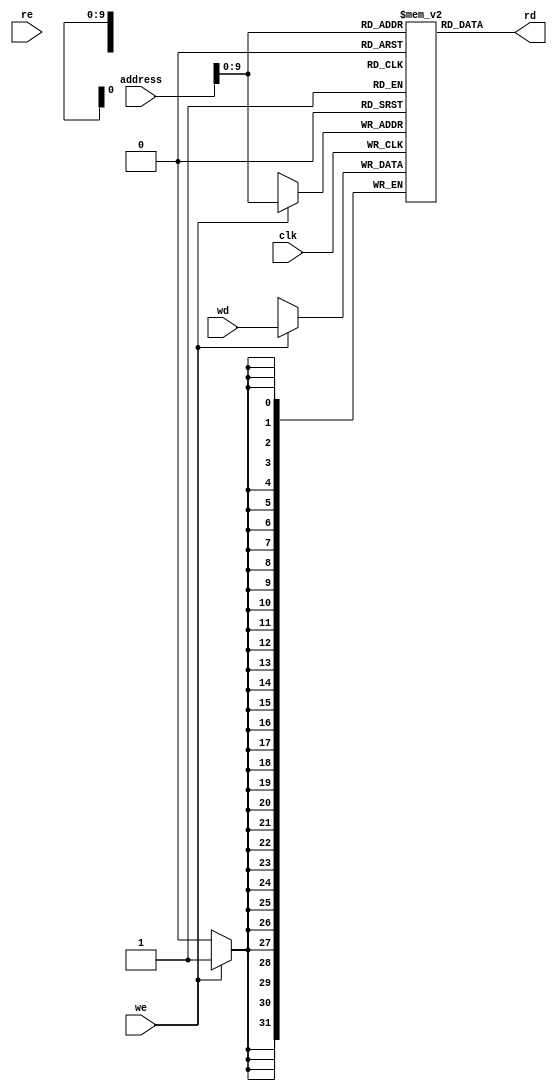
// Coder:           David Adrian Michel Torres, Eduardo Ethandrake Castillo Pulido
// Module name:	  instr_data_memory
// Project Name:	  risc_v_top
// Description:	  Memory that contains instructions to perform

module data_memory #(parameter DATA_WIDTH = 32, parameter ADDR_WIDTH = 32) (
	//inputs
	input [(DATA_WIDTH-1):0] wd, address,
	input we, re, clk,
	/*
	//For signal tap debug
	output [31:0] reg1,
	output [31:0] reg2,
	output [31:0] reg3,
	output [31:0] reg4,
	output [31:0] reg5,
	output [31:0] reg6,
	output [31:0] reg7,
	output [31:0] reg8,
	output [31:0] reg9,
	output [31:0] reg10,
	output [31:0] reg11,
	output [31:0] reg12,
	output [31:0] reg13,
	output [31:0] reg14,
	output [31:0] reg15,
	output [31:0] reg16,
	output [31:0] reg17,
	output [31:0] reg18,
	output [31:0] reg19,
	output [31:0] reg20,
	output [31:0] rst1,
	output [31:0] rst2,
	output [31:0] rst3,
	output [31:0] rst4,
	output [31:0] sp1,
	output [31:0] sp2,
	output [31:0] sp3,
	output [31:0] sp4,
	//For signal tap debug
	*/
	//outputs
	output [(DATA_WIDTH-1):0] rd
);

// Declare the RAM array
reg [DATA_WIDTH-1:0] ram[0:(ADDR_WIDTH*ADDR_WIDTH)-1];

integer i;
initial begin
	for(i=0;i<((ADDR_WIDTH*ADDR_WIDTH));i=i+1)
		ram[i] <= 32'h0;
end

/*
//Initial data with program to execute
initial begin
	// program
	$readmemh("../asm/vector_matrix_data.txt", ram);
end
*/

always @(posedge clk)
begin
	//Write
	if (we)
		ram[address] <= wd;
end
	
// Reading if memory read enable
assign rd = ram[address];

/*
//For signal tap debug
assign reg1 = ram[20];
assign reg2 = ram[21];
assign reg3 = ram[22];
assign reg4 = ram[23];
assign reg5 = ram[24];
assign reg6 = ram[25];
assign reg7 = ram[26];
assign reg8 = ram[27];
assign reg9 = ram[28];
assign reg10 = ram[29];
assign reg11 = ram[30];
assign reg12 = ram[31];
assign reg13 = ram[32];
assign reg14 = ram[33];
assign reg15 = ram[34];
assign reg16 = ram[35];
assign reg17 = ram[36];
assign reg18 = ram[37];
assign reg19 = ram[38];
assign reg20 = ram[39];
assign rst1  = ram[40];
assign rst2  = ram[41];
assign rst3  = ram[42];
assign rst4  = ram[43];
assign sp1  = ram[44];
assign sp2  = ram[45];
assign sp3  = ram[46];
assign sp4  = ram[47];
//For signal tap debug
*/

endmodule